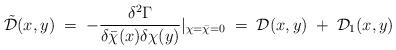
LaTeX: \begin{align*} {\tilde{\mathcal D}}(x,y)\;=\;-\frac{\delta^2\Gamma}{\delta{\bar\chi}(x)\delta\chi(y)}|_{\chi={\bar\chi} =0}\;=\;{\mathcal D}(x,y) \;+\; {\mathcal D}_1(x,y)\end{align*}